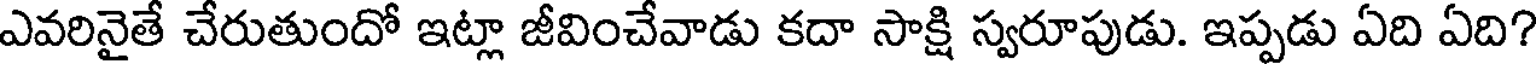
ఎవరినైతే చేరుతుందో ఇట్లా జీవించేవాడు కదా సాక్షి స్వరూపుడు. ఇప్పడు ఏది ఏది?